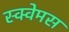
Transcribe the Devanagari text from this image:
स्क्वेमस